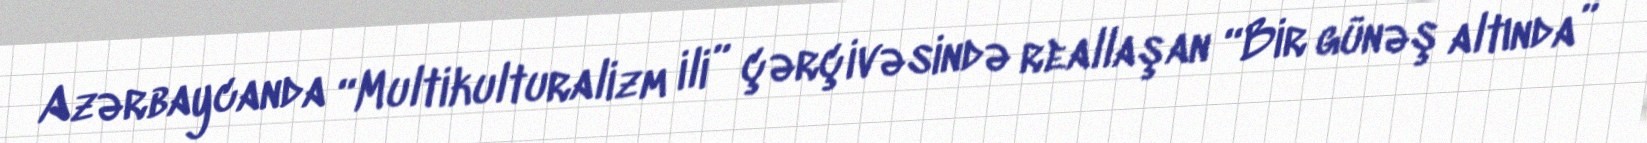
Azərbaycanda “Multikulturalizm ili” çərçivəsində reallaşan “Bir günəş altında”